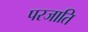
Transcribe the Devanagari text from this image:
परजाति